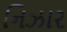
નિઝાર